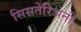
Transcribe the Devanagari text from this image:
सिसतेरिअनों